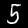
Label: 5